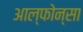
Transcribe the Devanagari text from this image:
आल्फोन्सा